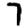
Digit: 7